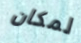
لمكان